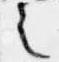
之